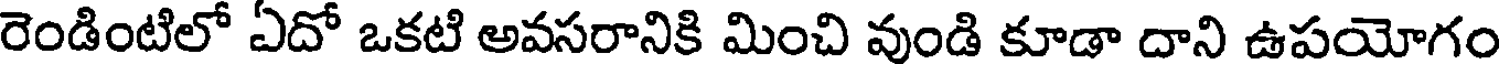
రెండింటిలో ఏదో ఒకటి అవసరానికి మించి వుండి కూడా దాని ఉపయోగం